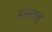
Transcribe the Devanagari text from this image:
मनसालू